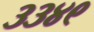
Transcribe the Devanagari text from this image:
३३४९